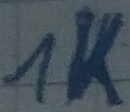
Text: 1K